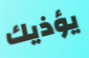
يؤذيك